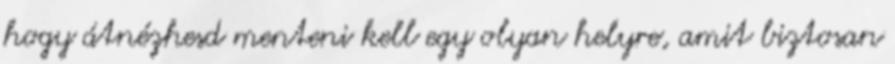
hogy átnézhesd menteni kell egy olyan helyre, amit biztosan